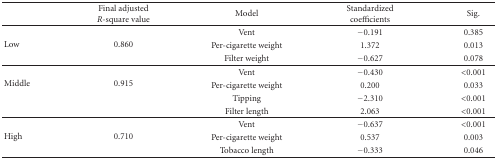
|  | Final adjusted R-square value | Model | Standardized coefficients | Sig. |
 | --- | --- | --- | --- | --- |
 | <ROWSPAN=3> Low | <ROWSPAN=3> 0.860 | Vent | −0.191 | 0.385 |
 | Per-cigarette weight | 1.372 | 0.013 |
 | Filter weight | −0.627 | 0.078 |
 | <ROWSPAN=4> Middle | <ROWSPAN=4> 0.915 | Vent | −0.430 | <0.001 |
 | Per-cigarette weight | 0.200 | 0.033 |
 | Tipping | −2.310 | <0.001 |
 | Filter length | 2.063 | <0.001 |
 | <ROWSPAN=3> High | <ROWSPAN=3> 0.710 | Vent | −0.637 | <0.001 |
 | Per-cigarette weight | 0.537 | 0.003 |
 | Tobacco length | −0.333 | 0.046 |